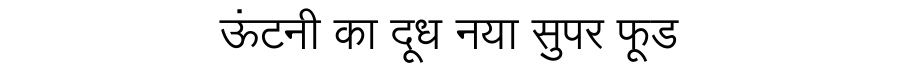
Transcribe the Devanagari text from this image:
ऊंटनी का दूध नया सुपर फूड